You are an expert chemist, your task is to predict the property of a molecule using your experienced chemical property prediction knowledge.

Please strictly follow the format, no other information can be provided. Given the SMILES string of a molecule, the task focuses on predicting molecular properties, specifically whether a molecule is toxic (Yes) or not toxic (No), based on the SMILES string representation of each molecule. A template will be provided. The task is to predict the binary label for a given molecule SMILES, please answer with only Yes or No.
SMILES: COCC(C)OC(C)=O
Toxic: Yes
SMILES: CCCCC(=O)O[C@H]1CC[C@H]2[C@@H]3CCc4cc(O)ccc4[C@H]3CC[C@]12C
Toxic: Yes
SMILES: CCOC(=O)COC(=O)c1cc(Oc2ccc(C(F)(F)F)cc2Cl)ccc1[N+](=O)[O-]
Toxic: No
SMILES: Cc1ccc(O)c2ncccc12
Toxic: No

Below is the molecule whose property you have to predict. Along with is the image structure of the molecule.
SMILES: Cc1ccccc1S
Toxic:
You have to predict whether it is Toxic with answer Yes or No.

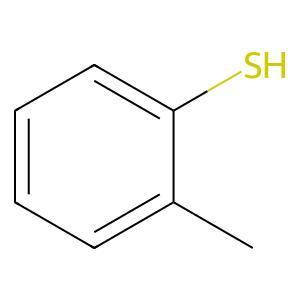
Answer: No